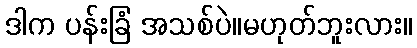
ဒါက ပန်းခြံ အသစ်ပဲ။မဟုတ်ဘူးလား။